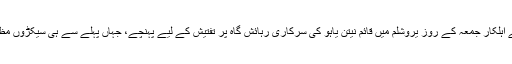
سی بی ایس نیوز کی رپورٹ کے مطابق تفتیش کرنے والے اہلکار جمعہ کے روز یروشلم میں قائم نیتن یاہو کی سرکاری رہائش گاہ پر تفتیش کے لیے پہنچے، جہاں پہلے سے ہی سیکڑوں مظاہرین اسرائیلی وزیراعظم کے خلاف احتجاج کررہے تھے۔